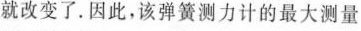
就改变了。因此，该弹簧测力计的最大测量